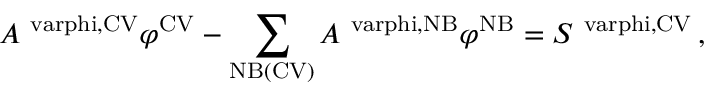
A ^ { \mathrm { \ v a r p h i , C V } } \varphi ^ { \mathrm { C V } } - \sum _ { \mathrm { N B ( C V ) } } A ^ { \mathrm { \ v a r p h i , N B } } \varphi ^ { \mathrm { N B } } = S ^ { \mathrm { \ v a r p h i , C V } } \, ,